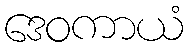
ဒေဝကာယံ